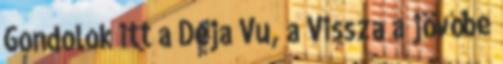
Gondolok itt a Deja Vu, a Vissza a jövőbe